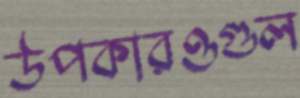
উপকারওগুল